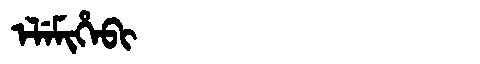
Manchu: ᡝᠯᡝᠮᡳᡥᡝᠪᡳ
Romanization: ELEMIHEBI